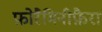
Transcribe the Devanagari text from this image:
फ़ोरैमिनीफ़ैरा